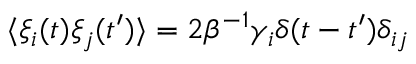
\langle \xi _ { i } ( t ) \xi _ { j } ( t ^ { \prime } ) \rangle = 2 \beta ^ { - 1 } \gamma _ { i } \delta ( t - t ^ { \prime } ) \delta _ { i j }